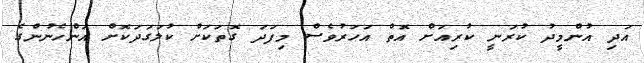
އަދި އުންމީދު ކުރަނީ ކުރިއަށް އޮތް އަހަރުވެސް މިފަދަ ގޮތަކަށް ކުލަގަދަކޮށް އަންހެނުންގެ